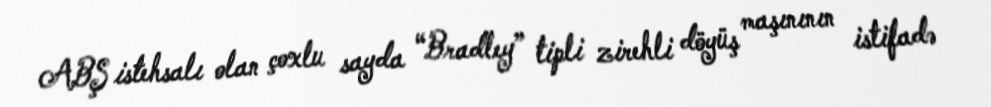
ABŞ istehsalı olan çoxlu sayda “Bradley” tipli zirehli döyüş maşınının istifadə